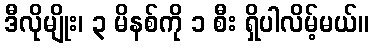
ဒီလိုမျိုး၊ ၃ မိနစ်ကို ၁ စီး ရှိပါလိမ့်မယ်။